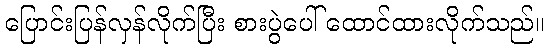
ပြောင်းပြန်လှန်လိုက်ပြီး စားပွဲပေါ် ထောင်ထားလိုက်သည်။